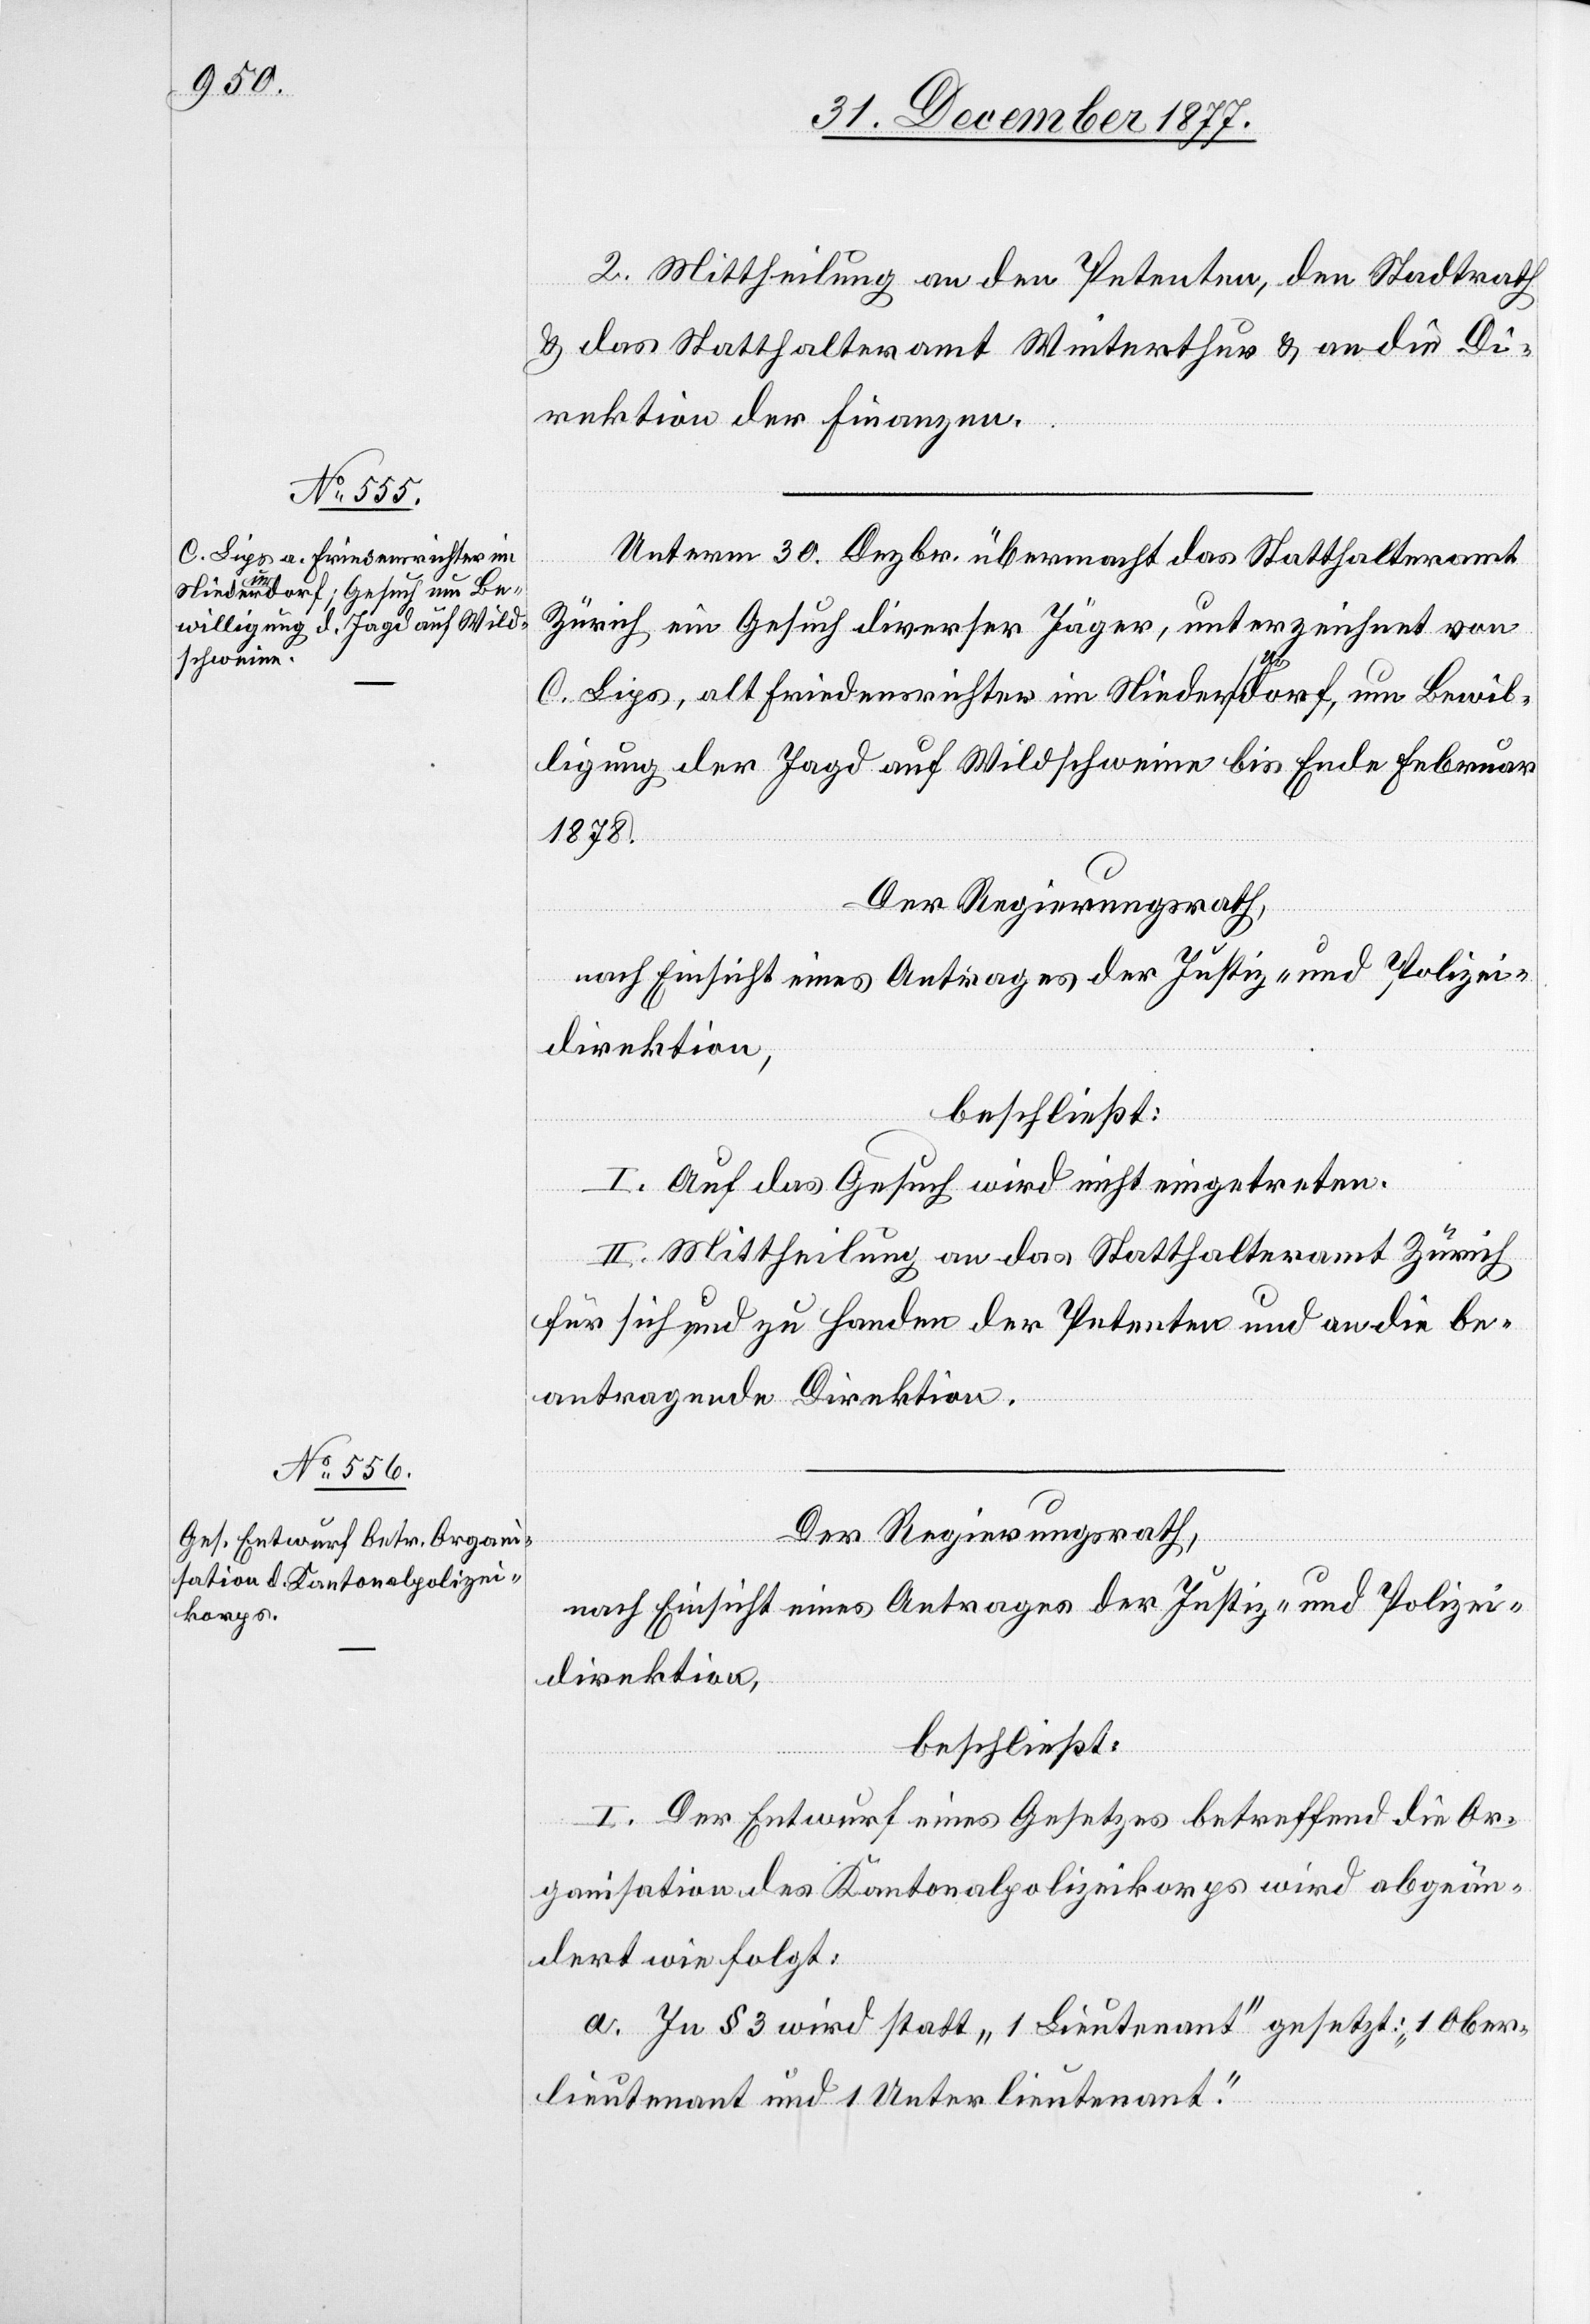
2. Mittheilung an den Petenten, den Stadtrath
& das Statthalteramt Winterthur & an die Di¬
rektion der Finanzen.
Unterm 30. Dezbr. übermacht das Statthalteramt
Zürich ein Gesuch diverser Jäger, unterzeichnet von
C. Lips, alt Friedensrichter im Niederurdorf, um Bewil¬
ligung der Jagd auf Wildschweine bis Ende Februar
1878.
Der Regierungsrath,
nach Einsicht eines Antrages der Justiz- und Polizei¬
direktion,
beschließt:
I. Auf das Gesuch wird nicht eingetreten.
II. Mittheilung an das Statthalteramt Zürich
für sich und zu Handen der Petenten und an die be¬
antragende Direktion.
Der Regierungsrath,
nach Einsicht eines Antrages der Justiz- und Polizei¬
direktion,
beschließt:
I. Der Entwurf eines Gesetzes betreffend die Or¬
ganisation des Kantonalpolizeikorps wird abgeän¬
dert wie folgt:
a. In § 3 wird statt „1 Lieutenant“ gesetzt: „1 Ober¬
lieutenant und 1 Unterlieutenant“.